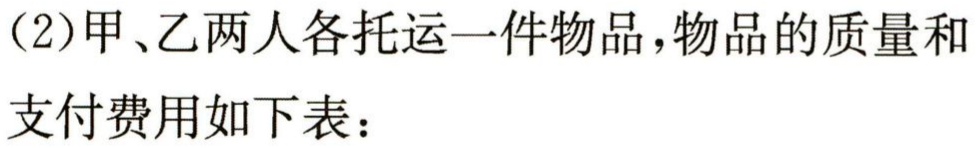
（2）甲、乙两人各托运一件物品，物品的质量和

支付费用如下表：